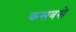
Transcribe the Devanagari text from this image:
कसबसे